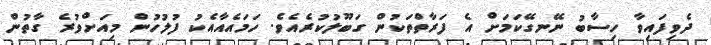
ދެވިފައިވާ ހިސާބު ނޭނގޭކަމަށް އެ ފަރާތްތަކުން ގަބޫލުކުރެއެވެ. ހަމައެއާއެކު ފުލުހުން މިއަށްވުރެ ގާތުން